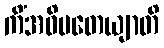
ကိံအဓိပတေယျာတိ